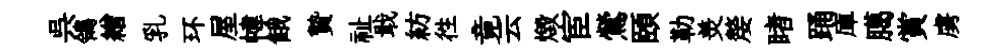
呉鴒繒乳环屋幃餓贄祉戢紡徃竟云燬宦鶯頤勒羙嫠睹踊庫臈賞虜